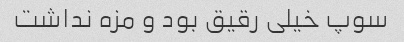
سوپ خیلی رقیق بود و مزه نداشت